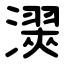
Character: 㵤